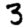
Digit: 3